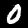
Label: 0